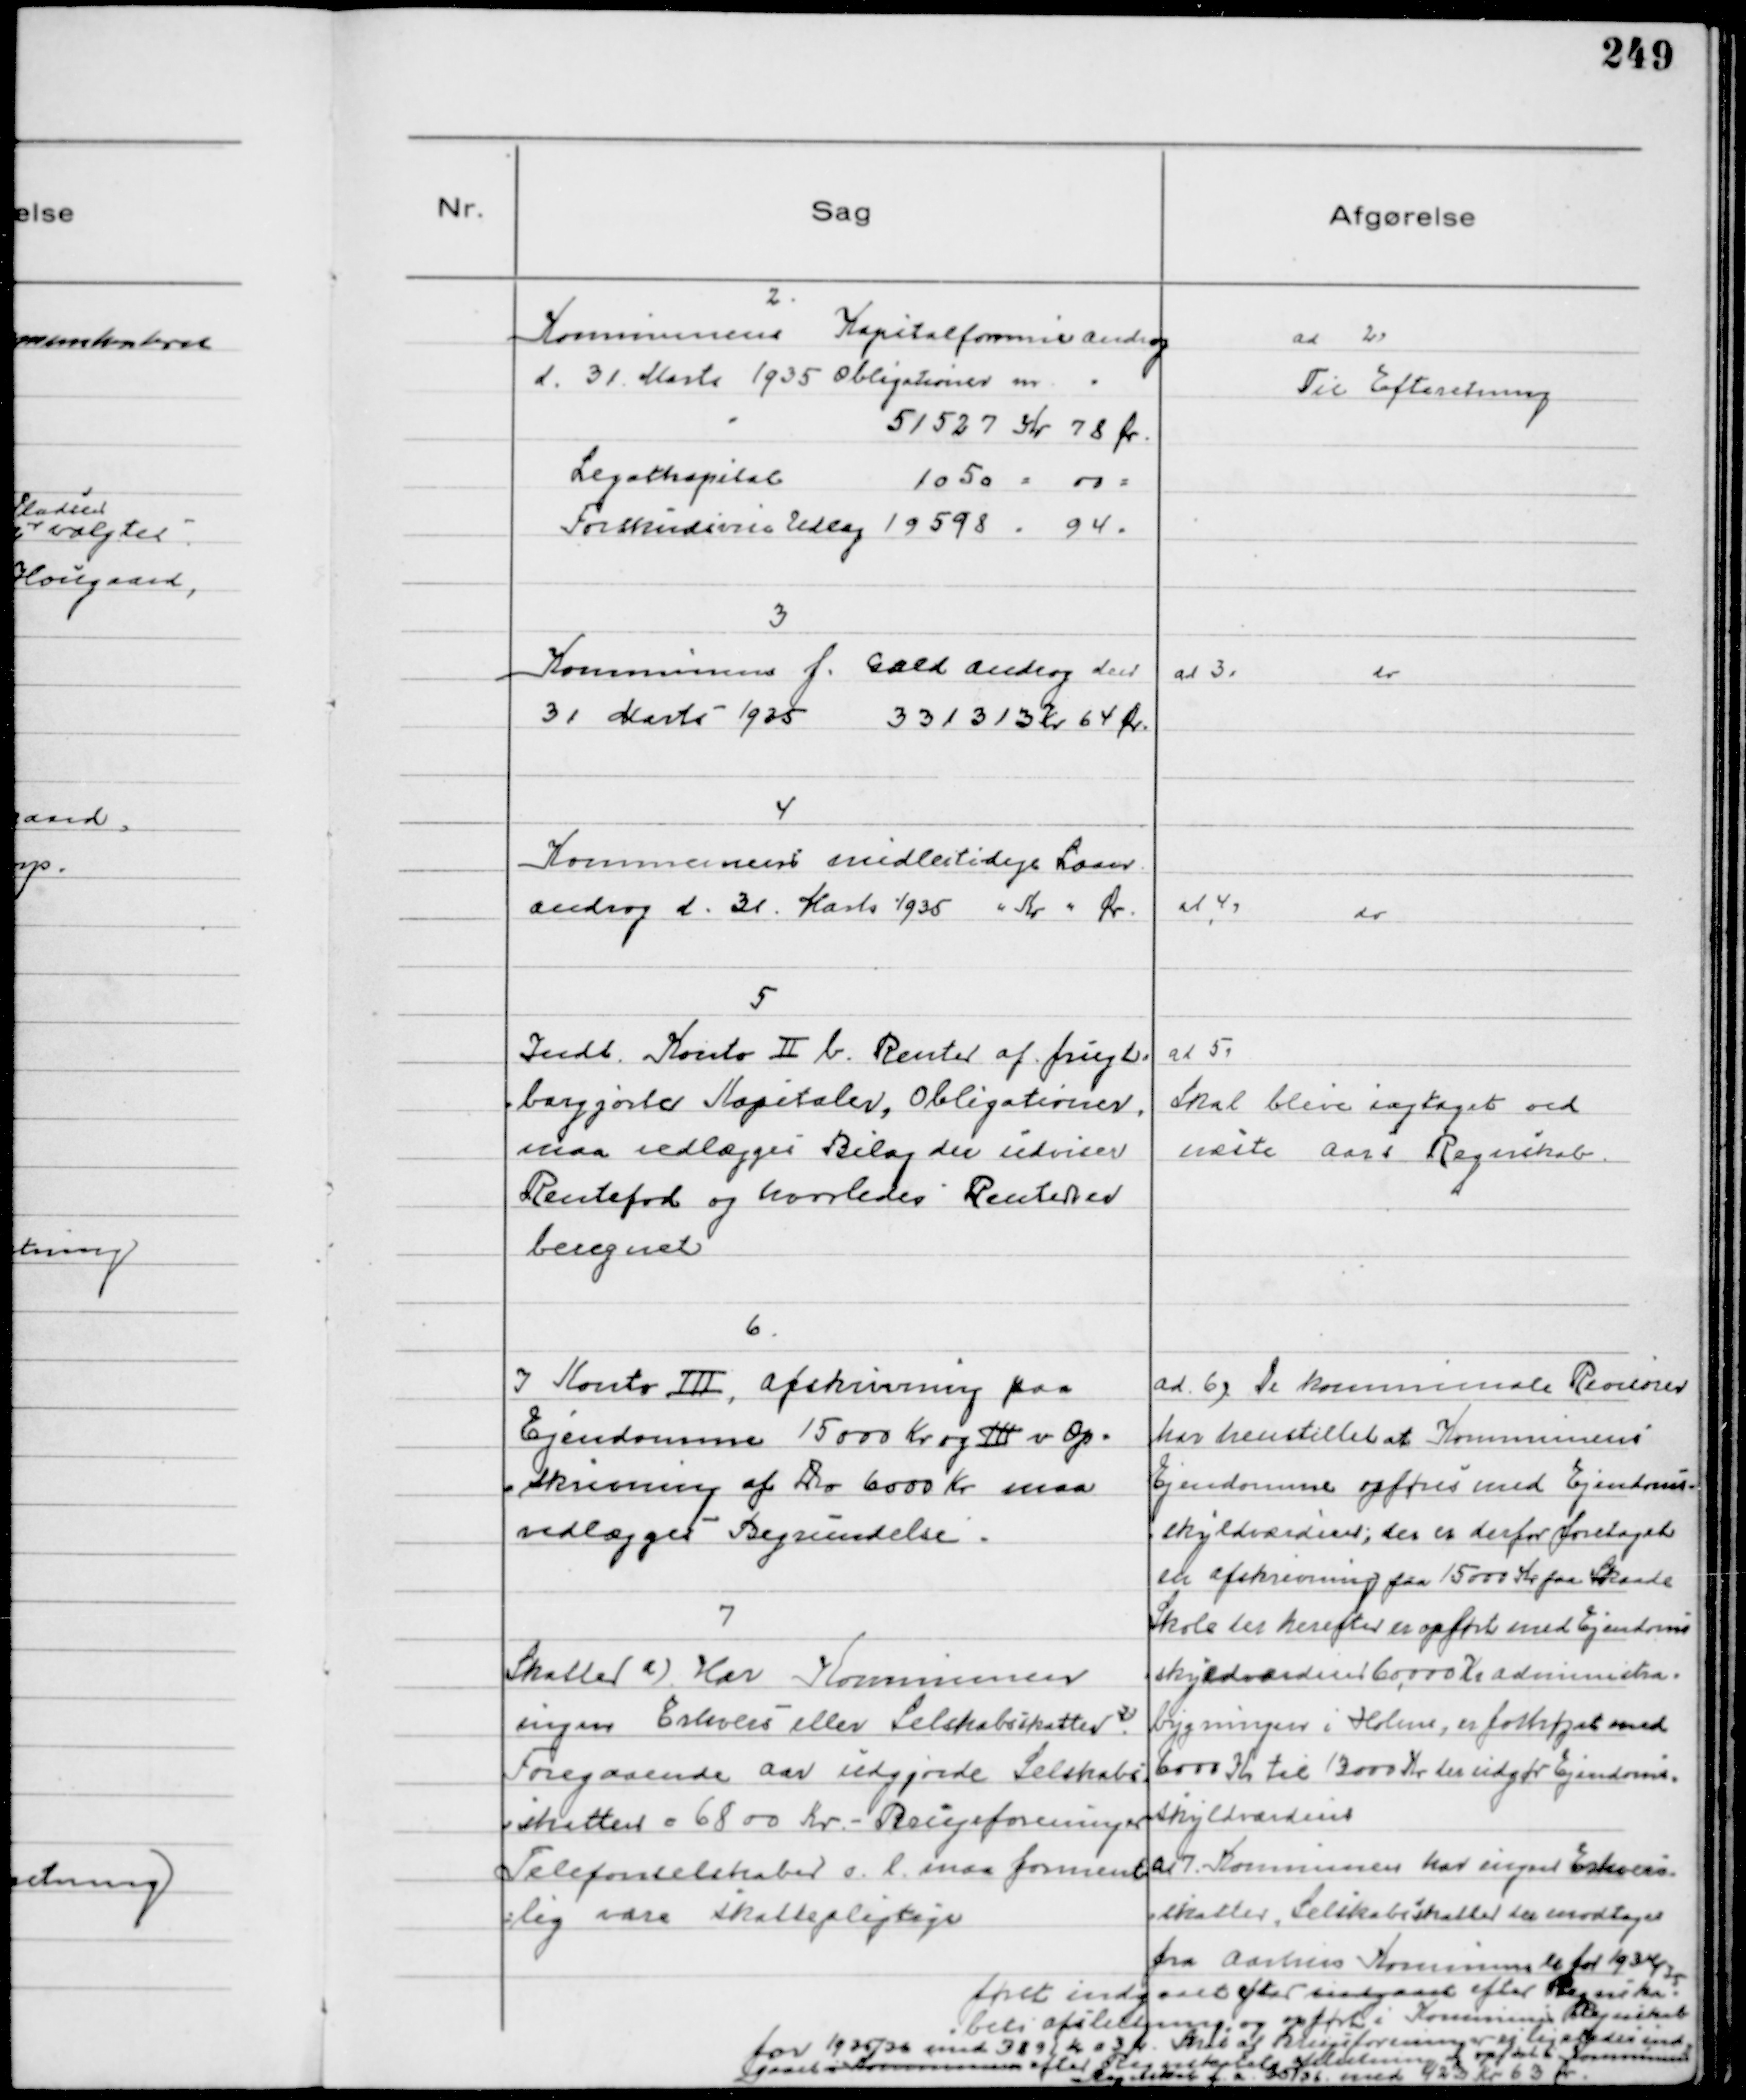
Transskription:
2.
Kommunens Kapitalformue androg
d. 31. Marts 1935 Obligationer
51527 Kr 78 Ør
Legatkapital 1050 - 00 -
Forskudsvis Udlæg 19598 - 94 -

ad 2
Til Efteretning

3
Kommunens f. Gæld androg den
31 Marts 1935 331323 Kr 64 Ør.

ad 3
do

4
Kommunens midlertidige Laan
androg d. 31. Marts 1935 " Kr " Ør

ad 4
do

5
Indt Konto II b. Renter af frugt-
bargjorte Kapitaler, Obligationer
maa vedlægges Bilag der udviser
Rentefod og hvorledes Renter er
beregnet

ad 5
Skal blive iagtaget ved
næste Aars Regnskab

6.
I Konto III, Afskrivning paa
Ejendomme 15000 Kr og III v Op-
skrivning af Do 6000 Kr maa
vedlægges Begrundelse

ad 6, De kommunale Revisorer
har henstillet at Kommunens
Ejendomme opføres med Ejendoms-
skyldværdien, der er derfor foretaget
en afskrivning paa 15000 Kr paa Skaade
Skole der herefter er opført med Ejendoms
skyldværdien 60000 Kr administra-
bygningen i Holme er forhøjet med
6000 Kr til 13000 Kr der udgør Ejendoms-
skyldværdien

7
Skatter a) Har Kommunen
ingen Erhvervs eller Selskabsskatter?
Foregaaende Aar udgjorde Selskabs
skatten 6800 Kr - Boligforeninger
Telefonselskaber o.l. maa forment-
lig være skattepligtige

ad 7. Kommunen har ingen Erhvervs
skatter, Selskabsskatter der modtages
fra Aarhus Kommune er for 1934/35
først indgaaet efter indgaaet efter Regnska-
bets Afslutning, og opført i Kommunens Regnskab
for 1935/36 med 3891 Kr 03 Ør. Rente af foreninger er ligeledes ind
gaaet i Kommunen efter Regnskabets afslutning og opført i Kommunens
Regnskab f.a. 35/36 med 423 Kr 63 Ør.